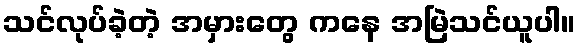
သင်လုပ်ခဲ့တဲ့ အမှားတွေ ကနေ အမြဲသင်ယူပါ။